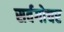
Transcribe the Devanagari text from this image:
सर्वगोचर